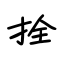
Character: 拴